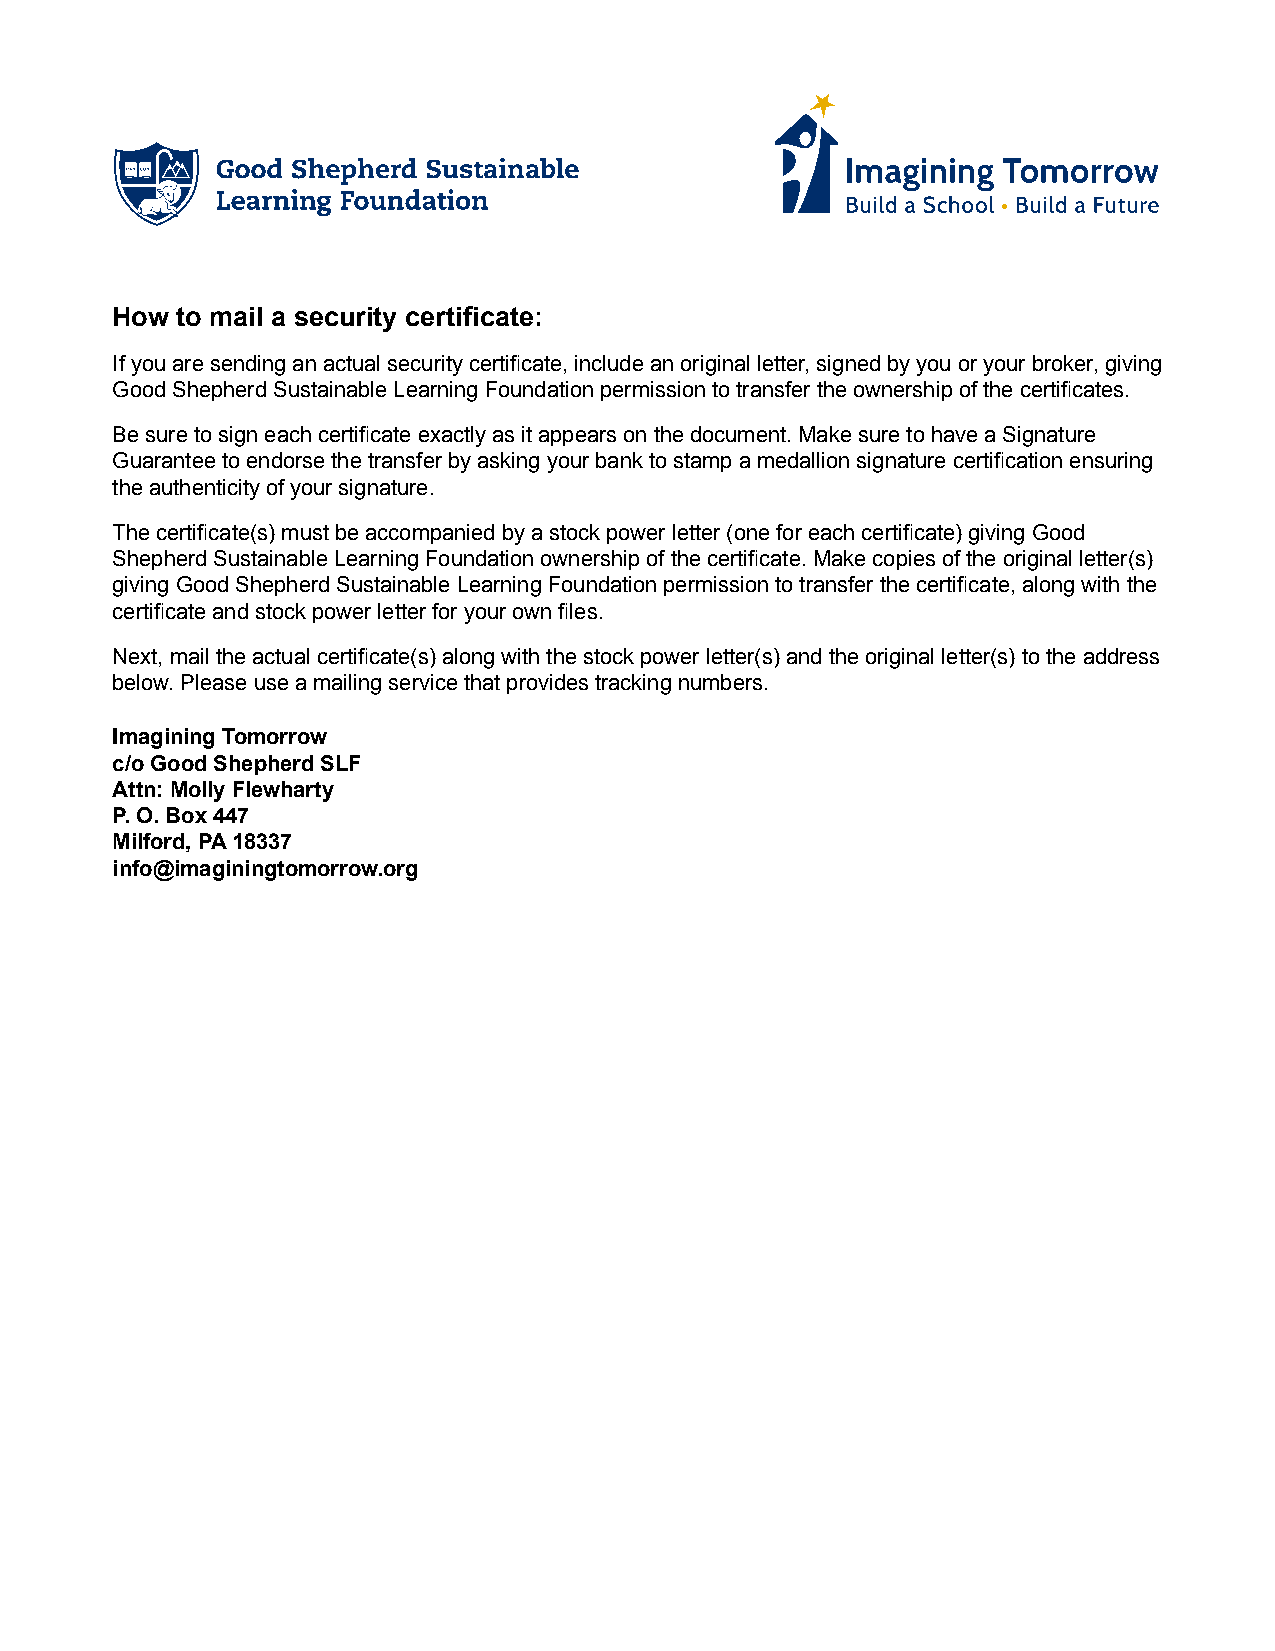
A PROJECT OF:
 How  to mail a security certificate:
 If you are sending an actual security certificate, include an original letter, signed by you or your broker, giving
 Good Shepherd Sustainable Learning Foundation permission to transfer the ownership of the certificates.
 Be sure to sign each certificate exactly as it appears on the document. Make sure to have a Signature
 Guarantee to endorse the transfer by asking your bank to stamp a medallion signature certification ensuring
 the authenticity of your signature.
 The certificate(s) must be accompanied by a stock power letter (one for each certificate) giving Good
 Shepherd Sustainable Learning Foundation ownership of the certificate. Make copies of the original letter(s)
 giving Good Shepherd Sustainable Learning Foundation permission to transfer the certificate, along with the
 certificate and stock power letter for your own files.
 Next, mail the actual certificate(s) along with the stock power letter(s) and the original letter(s) to the address
 below. Please use a mailing service that provides tracking numbers.
 Imagining Tomorrow
 c/o Good Shepherd SLF
 Attn: Molly Flewharty
 P. O. Box 447
 Milford, PA 18337
 info@imaginingtomorrow.org